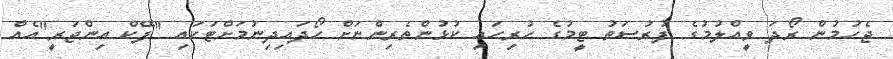
ޖެހުމުން ރޯދަ ވީއްލުމުގެ ފުރުސަތު ޓީމުގެ ހުރިހައި ކުޅުންތެރިންނަށް ހޯދައިދިނުމަށްޓަކައި "ފޭކް އިންޖަރީ"އެއް